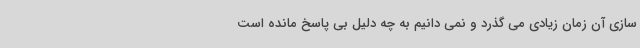
سازی آن زمان زیادی می گذرد و نمی دانیم به چه دلیل بی پاسخ مانده است